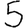
Digit: 5